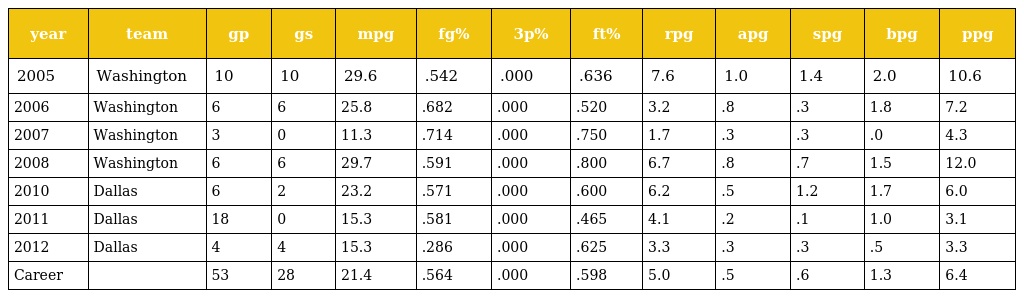
| year | team | gp | gs | mpg | fg% | 3p% | ft% | rpg | apg | spg | bpg | ppg |
 | --- | --- | --- | --- | --- | --- | --- | --- | --- | --- | --- | --- | --- |
 | 2005 | Washington | 10 | 10 | 29.6 | .542 | .000 | .636 | 7.6 | 1.0 | 1.4 | 2.0 | 10.6 |
 | 2006 | Washington | 6 | 6 | 25.8 | .682 | .000 | .520 | 3.2 | .8 | .3 | 1.8 | 7.2 |
 | 2007 | Washington | 3 | 0 | 11.3 | .714 | .000 | .750 | 1.7 | .3 | .3 | .0 | 4.3 |
 | 2008 | Washington | 6 | 6 | 29.7 | .591 | .000 | .800 | 6.7 | .8 | .7 | 1.5 | 12.0 |
 | 2010 | Dallas | 6 | 2 | 23.2 | .571 | .000 | .600 | 6.2 | .5 | 1.2 | 1.7 | 6.0 |
 | 2011 | Dallas | 18 | 0 | 15.3 | .581 | .000 | .465 | 4.1 | .2 | .1 | 1.0 | 3.1 |
 | 2012 | Dallas | 4 | 4 | 15.3 | .286 | .000 | .625 | 3.3 | .3 | .3 | .5 | 3.3 |
 | Career |  | 53 | 28 | 21.4 | .564 | .000 | .598 | 5.0 | .5 | .6 | 1.3 | 6.4 |